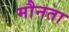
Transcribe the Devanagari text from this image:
मौनता